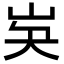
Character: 𡵗